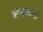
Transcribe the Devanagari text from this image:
त्राणकर्ता